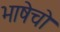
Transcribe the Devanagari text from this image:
भाषेचो